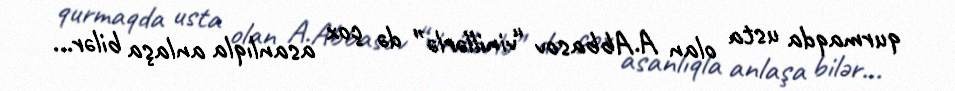
qurmaqda usta olan A.Abbasov “vinillərlə” də çox asanlıqla anlaşa bilər...